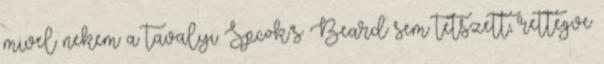
mivel nekem a tavalyi Spcok’s Beard sem tetszett, rettegve